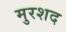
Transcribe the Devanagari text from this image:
मुरशद